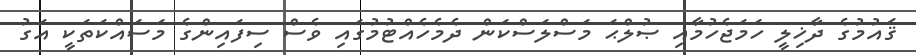
ޤައުމުގެ ދާޚިލީ ހަމަޖެހުމާއި ޞުލްޙަ މަސްލަސްކަން ދެމެހެއްޓުމުގައި ވެސް ސިފައިންގެ މަސައްކަތަކީ އަގު